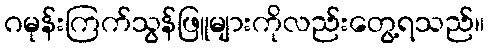
ဂမုန်းကြက်သွန်ဖြူများကိုလည်းတွေ့ရသည်။